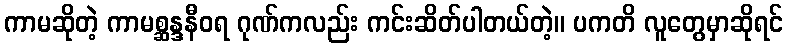
ကာမဆိုတဲ့ ကာမစ္ဆန္ဒနီဝရ ဂုဏ်ကလည်း ကင်းဆိတ်ပါတယ်တဲ့။ ပကတိ လူတွေမှာဆိုရင်